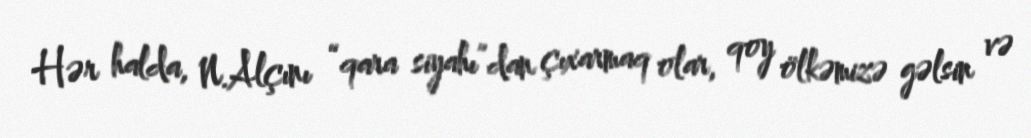
Hər halda, N.Alçını “qara siyahı”dan çıxarmaq olar, qoy ölkəmizə gəlsin və